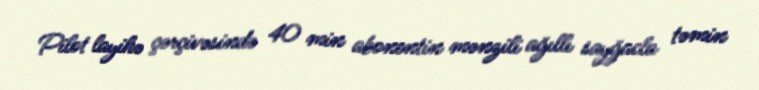
Pilot layihə çərçivəsində 40 min abonentin mənzili ağıllı sayğacla təmin